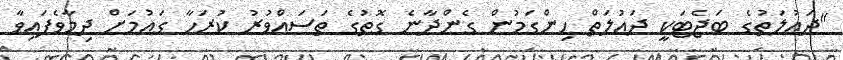
"ދައުލަތުގެ ބަޖެޓަކީ ދައުލަތް ހިންގަމުން ގެންދާނެ ގޮތުގެ ތަސައްވުރު ކުރަހާ ގައުމަށް ދިމާވެފައިވާ